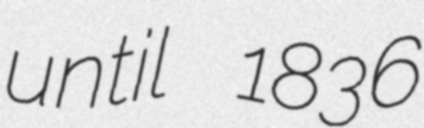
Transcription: until 1836